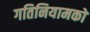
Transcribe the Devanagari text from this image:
गतिनियामकों